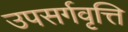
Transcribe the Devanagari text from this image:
उपसर्गवृत्ति